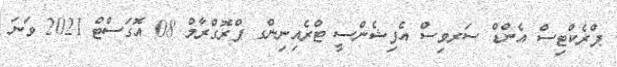
ޕްރެކްޓިސް އެންޑް ސަރވިސް އެފިޝެންސީ ޓްރެއިނިންގ ޕްރޮގްރާމް 08 އޮގަސްޓް 2021 ވަނަ